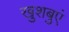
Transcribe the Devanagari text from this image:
खुशबुएं